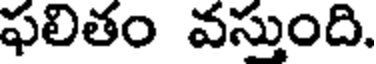
ఫలితం వస్తుంది.